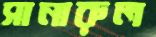
সানারুল